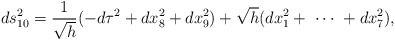
\begin{align*}ds^2_{10} = \frac{1}{\sqrt{h}} ( - d \tau^2 + dx_8^2 + dx_9^2) + \sqrt{h} (dx_1^2 + \ \cdots \ + dx_7^2 ),\end{align*}